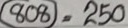
808 = 250